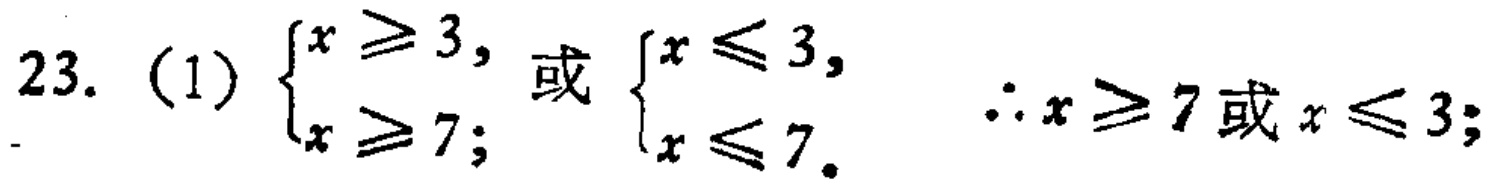
23. (1) $\begin{cases}x \geq 3, \\ x \geq 7;\end{cases}$ 或 $\begin{cases}x \leq 3, \\ x \leq 7.\end{cases}$ $\therefore x \geq 7$ 或 $x \leq 3;$